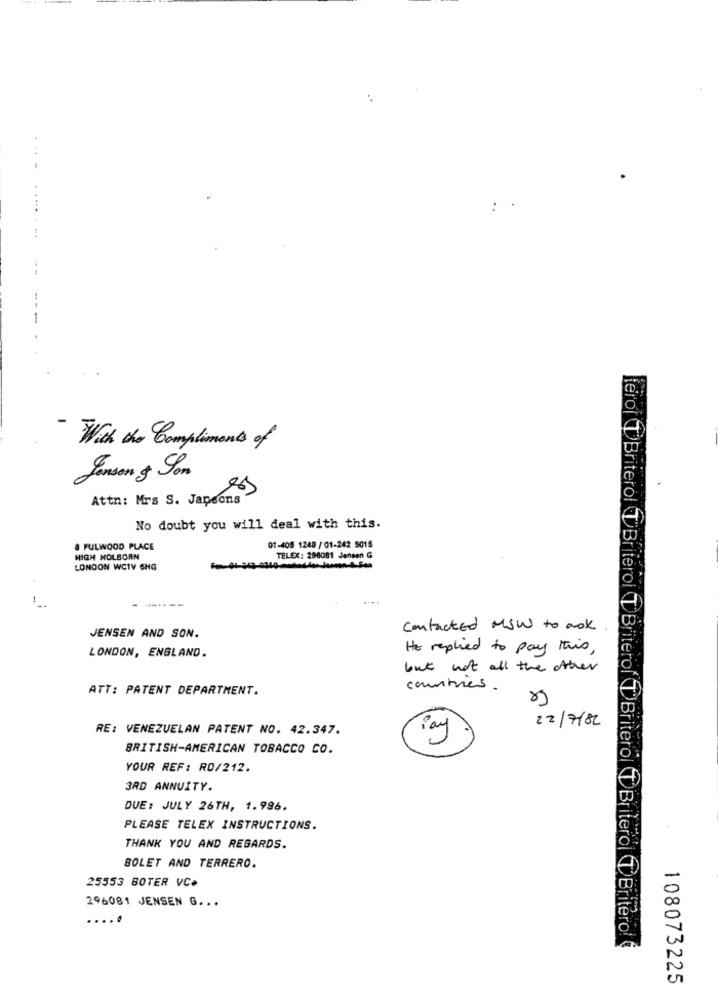
.. .
- With the Compliments of
Jenson & Son
Attn: Mrs S. Japeons
No doubt you will deal with this.
8 FULWOOD PLACE
01-405 1249 / 01-242 5015
HIGH HOLBORN
TELEX: 298081 Jensen G
LONDON WCTV SHG
JENSEN AND SON.
contacted MSW to ask
LONDON, ENGLAND.
He replied to pay this,
but not all the other
ATT: PATENT DEPARTMENT.
countries.
22/7/82
RE: VENEZUELAN PATENT NO. 42.347.
BRITISH-AMERICAN TOBACCO CO.
Pay
YOUR REF: RO/212.
3RD ANNUITY.
DUE: JULY 26TH, 1.996.
PLEASE TELEX INSTRUCTIONS.
THANK YOU AND REGARDS.
BOLET AND TERRERO.
25553 BOTER VC.
296081 JENSEN G. ..
terol (T)Briterol T Briterol (T Briterol (T)Britero T Britero T Britero!
108073225